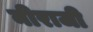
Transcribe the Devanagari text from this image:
नीराजी